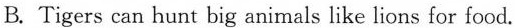
B.Tigers can hunt big animals like lions for food.